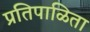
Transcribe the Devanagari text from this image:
प्रतिपाळिता